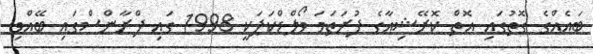
ބައެއްގެ ގޮތުގައި އޮތް ކޮރޭޝިއާގެ ފުރަތަމަ ވޯލްޑްކަޕަކީ 1998 ގައި ފްރާންސްގައި ބޭއްވި